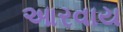
આરવાય